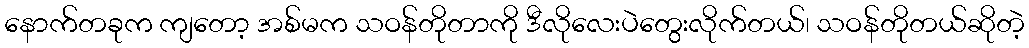
နောက်တခုက ကျတော့ အစ်မက သဝန်တိုတာကို ဒီလိုလေးပဲတွေးလိုက်တယ်၊ သဝန်တိုတယ်ဆိုတဲ့